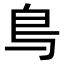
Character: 𫠓